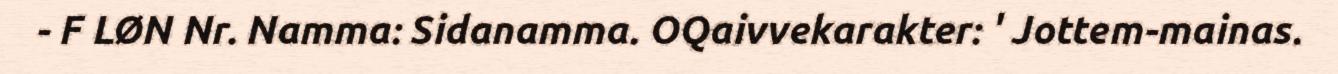
- F LØN Nr. Namma: Sidanamma. OQaivvekarakter: ' Jottem-mainas.